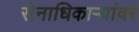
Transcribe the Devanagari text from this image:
सेनाधिकाऱ्यांवर